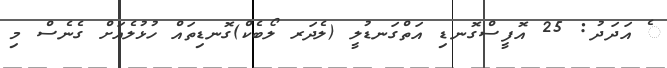
ެ އަދަދު: 25 އޮފީސްގޮނޑި އަތްގަނޑުލީ (ލެދަރ ލޯބެކް)ގޮނޑިތައް ހުޅުލެއަށް ގެނެސް މި